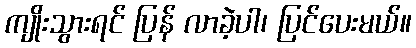
ကျိုးသွားရင် ပြန် လာခဲ့ပါ၊ ပြင်ပေးမယ်။